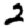
Digit: 2